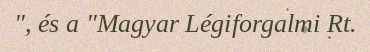
", és a "Magyar Légiforgalmi Rt.